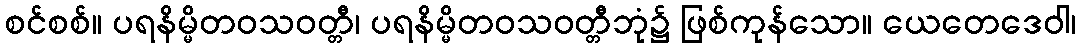
စင်စစ်။ ပရနိမ္မိတဝသဝတ္တီ၊ ပရနိမ္မိတဝသဝတ္တီဘုံ၌ ဖြစ်ကုန်သော။ ယေတေဒေဝါ၊